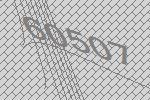
60507